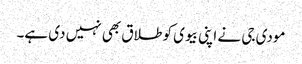
مودی جی نے اپنی بیوی کو طلاق بھی نہیں دی ہے۔